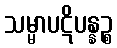
သမ္မာပဋိပန္နဉ္စ